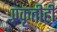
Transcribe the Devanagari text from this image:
प्रकृतीही